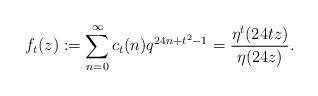
LaTeX: \begin{align*} f_{t}(z):=\sum_{n=0}^{\infty} c_{t}(n)q^{24n+t^2-1} = \frac{\eta^{t}(24tz)}{\eta(24z)}. \end{align*}